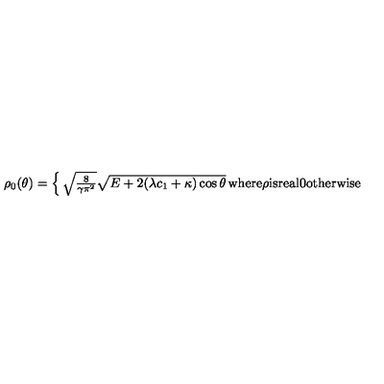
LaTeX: \rho _ { 0 } ( \theta ) = \left\{ \begin{matrix} { \sqrt { \frac { 8 } { \gamma \pi ^ { 2 } } } \sqrt { E + 2 ( \lambda c _ { 1 } + \kappa ) \cos { \theta } } } & { \mathrm { w h e r e } \rho \mathrm { i s r e a l } } \\ { 0 } & { \mathrm { o t h e r w i s e } } \\ \end{matrix} \right.